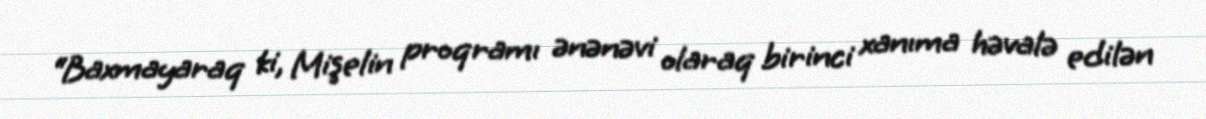
“Baxmayaraq ki, Mişelin proqramı ənənəvi olaraq birinci xanıma həvalə edilən